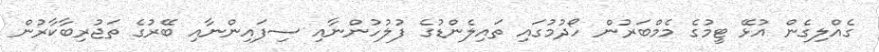
ގެއްލިގެން އުޅޭ ޓީމުގެ މެމްބަރުން ހޯދުމުގައި ތައިލެންޑުގެ ފުލުހުންނާއި ސިފައިންނާއި ބޭރުގެ ތަޖުރިބާކާރުން